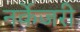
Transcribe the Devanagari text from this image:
नर्केजरी